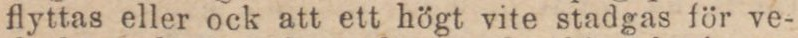
flyttas eller ock att ett högt vite stadgas för ve-